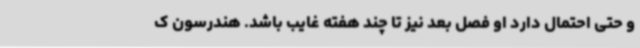
و حتی احتمال دارد او فصل بعد نیز تا چند هفته غایب باشد. هندرسون ک